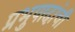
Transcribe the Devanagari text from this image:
प्रभुपादांची